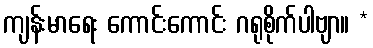
ကျန်းမာရေး ကောင်းကောင်း ဂရုစိုက်ပါဗျာ။ *